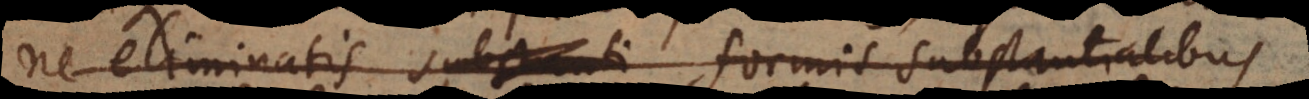
ne eliminatis substanti formis substantialibus